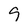
Character: 9